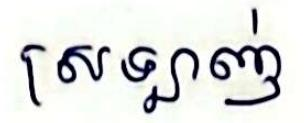
ស្រឡាញ់